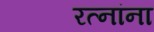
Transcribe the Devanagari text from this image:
रत्‍नांना